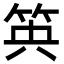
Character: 𥬺